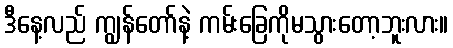
ဒီနေ့လည် ကျွန်တော်နဲ့ ကမ်းခြေကိုမသွားတော့ဘူးလား။